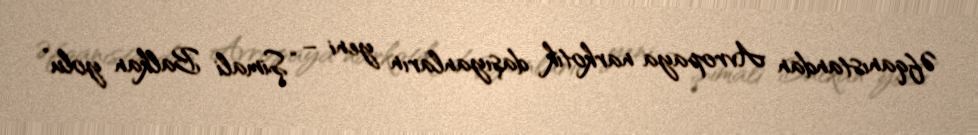
Əfqanıstandan Avropaya narkotik daşıyanların yeni – “Şimali Balkan yolu”